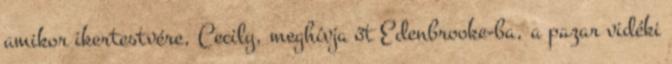
amikor ikertestvére, Cecily, meghívja őt Edenbrooke-ba, a pazar vidéki